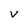
Character: V